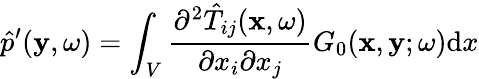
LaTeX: \hat{p}^{\prime}(\mathbf{y},\omega)=\int_{V}\frac{\partial^{2}\hat{T}_{ij}(\mathbf{x},\omega)}{\partial x_{i}\partial x_{j}}G_{0}(\mathbf{x},\mathbf{y};\omega)\mathrm{d}x